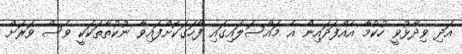
އަދި ވިދާޅުވީ ހުކުމާ އެއްފަދައިން އެ މައްސަލައިގައި ފާހަގަކޮށްފައިވާ ނުކުތާތަކަކީ ވެސް ވަރަށް